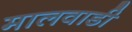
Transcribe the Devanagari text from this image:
मालवाडी